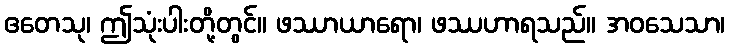
ဧတေသု၊ ဤသုံးပါးတို့တွင်။ ဖဿာယာရော၊ ဖဿဟာရသည်။ အဝသေသာ၊